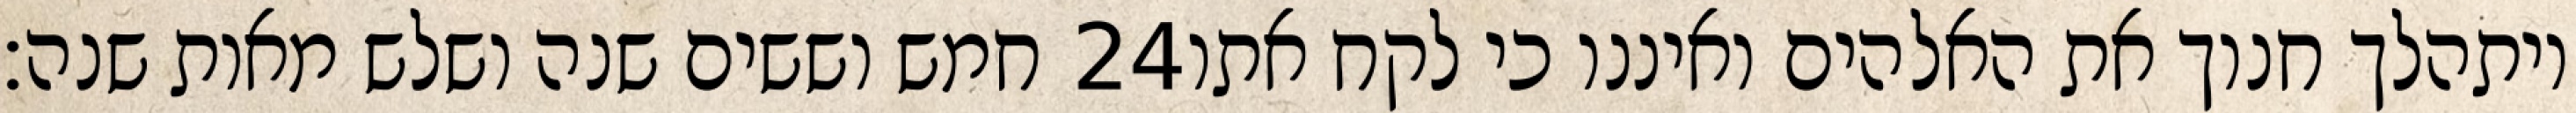
חמש וששים שנה ושלש מאות שנה׃ ‎24‏ ויתהלך חנוך את האלהים ואיננו כי לקח אתו